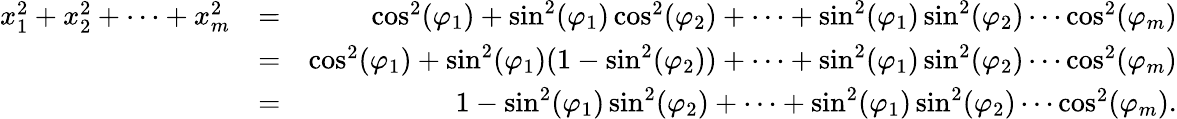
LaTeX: \begin{array}{rlr}{x_{1}^{2}+x_{2}^{2}+\cdots+x_{m}^{2}}&{=}&{\cos^{2}(\varphi_{1})+\sin^{2}(\varphi_{1})\cos^{2}(\varphi_{2})+\cdots+\sin^{2}(\varphi_{1})\sin^{2}(\varphi_{2})\cdots\cos^{2}(\varphi_{m})}\\ &{=}&{\cos^{2}(\varphi_{1})+\sin^{2}(\varphi_{1})(1-\sin^{2}(\varphi_{2}))+\cdots+\sin^{2}(\varphi_{1})\sin^{2}(\varphi_{2})\cdots\cos^{2}(\varphi_{m})}\\ &{=}&{1-\sin^{2}(\varphi_{1})\sin^{2}(\varphi_{2})+\cdots+\sin^{2}(\varphi_{1})\sin^{2}(\varphi_{2})\cdots\cos^{2}(\varphi_{m}).}\end{array}